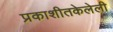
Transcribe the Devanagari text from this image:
प्रकाशीतकेलेली